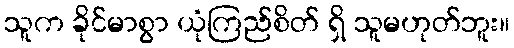
သူက ခိုင်မာစွာ ယုံကြည်စိတ် ရှိ သူမဟုတ်ဘူး။